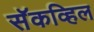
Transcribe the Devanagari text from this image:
सॅकव्हिल